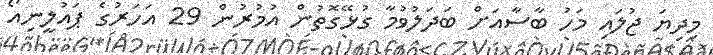
މިދިޔަ ޖުލައި މަހު ބާސާއަށް ބަދަލުވުމާ ގުޅޭގޮތުން އުމުރުން 29 އަހަރުގެ ޕައުލީނިއޯ